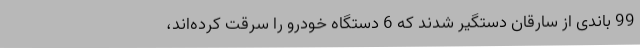
99 باندی از سارقان دستگیر شدند که 6 دستگاه خودرو را سرقت کرده‌اند،